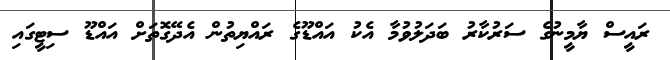
ރައީސް ޔާމީނުގެ ސަރުކާރު ބަދަލުވުމާ އެކު އައްޑޫގެ ރައްޔިތުން އެދޭގޮތަށް އައްޑޫ ސިޓީގައި